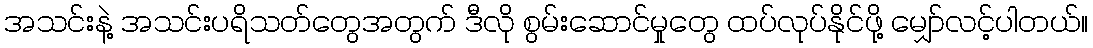
အသင်းနဲ့ အသင်းပရိသတ်တွေအတွက် ဒီလို စွမ်းဆောင်မှုတွေ ထပ်လုပ်နိုင်ဖို့ မျှော်လင့်ပါတယ်။